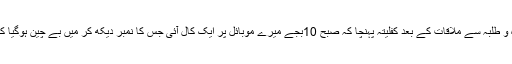
میں ڈابھیل اپنے استاذ مولانا مفتی احمد خانپوری اور دیگر اساتذہ و طلبہ سے ملاقات کے بعد کفلیتہ پہنچا کہ صبح 10بجے میرے موبائل پر ایک کال آئی جس کا نمبر دیکھ کر مَیں بے چین ہوگیا کیوں کہ یہ نمبر پچھلے ایک ہفتے سے میرے پیچھے لگا ہوا تھا۔